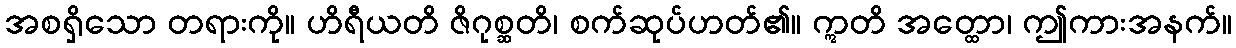
အစရှိသော တရားကို။ ဟိရီယတိ ဇိဂုစ္ဆတိ၊ စက်ဆုပ်ဟတ်၏။ ဣတိ အတ္ထော၊ ဤကားအနက်။